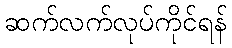
ဆက်လက်လုပ်ကိုင်ရန်